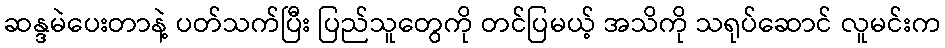
ဆန္ဒမဲပေးတာနဲ့ ပတ်သက်ပြီး ပြည်သူတွေကို တင်ပြမယ့် အသိကို သရုပ်ဆောင် လူမင်းက